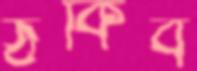
ঠকিব